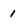
Character: 1